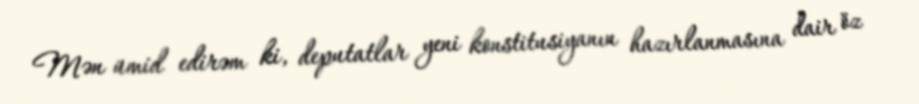
Mən ümid edirəm ki, deputatlar yeni konstitusiyanın hazırlanmasına dair öz